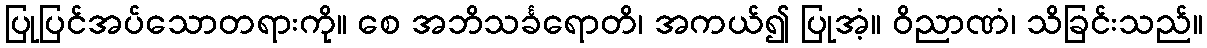
ပြုပြင်အပ်သောတရားကို။ စေ အဘိသင်္ခရောတိ၊ အကယ်၍ ပြုအံ့။ ဝိညာဏံ၊ သိခြင်းသည်။